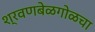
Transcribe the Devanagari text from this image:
श्रवणबेळगोळचा